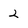
Character: 2